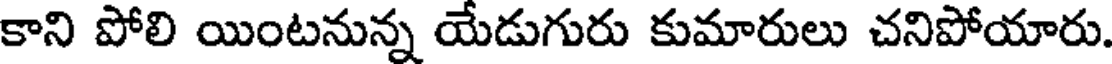
కాని పోలి యింటనున్న యేడుగురు కుమారులు చనిపోయారు.